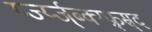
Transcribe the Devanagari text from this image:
र्य्ज्य्ज्ब्क्ग्फ्र्स्र्द